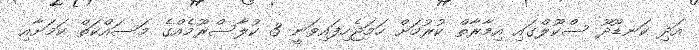
އަދި ކަނޑޫދޫ ސްކޫލްގައި އިމާރާތް ކުރުމަށް ހަމަޖެހިފައިވަނީ 3 ކުލާސްރޫމެއްގެ މަސައްކަތް ކަމަށާއި